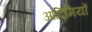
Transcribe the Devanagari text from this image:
आदिमियों